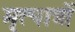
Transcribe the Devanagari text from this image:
मृत्पात्रों